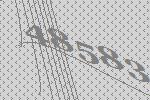
48583